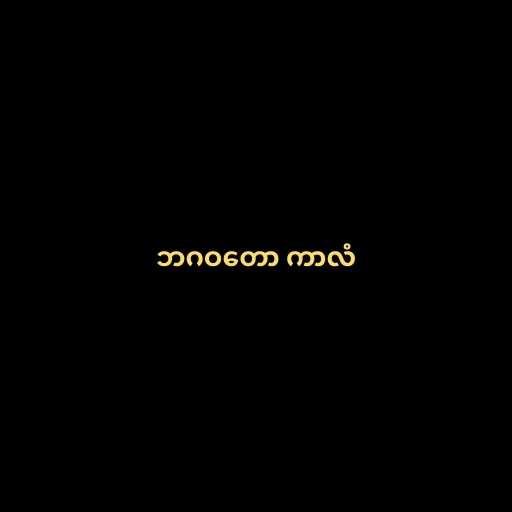
ဘဂဝတော ကာလံ